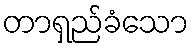
တာရှည်ခံသော